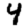
Digit: 4